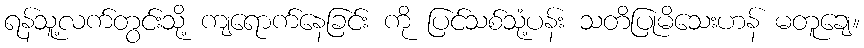
ရန်သူ့လက်တွင်းသို့ ကျရောက်နေခြင်း ကို ပြင်သစ်သုံ့ပန်း သတိပြုမိသေးဟန် မတူချေ။